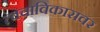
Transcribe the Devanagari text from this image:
त्वचाविकारावर